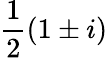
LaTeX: \frac{1}{2}(1\pm i)